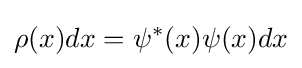
\rho (x)dx=\psi ^{*}(x)\psi (x)dx